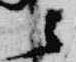
云